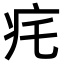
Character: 𤴱